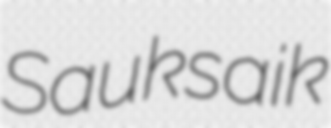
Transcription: Sauksaik